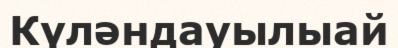
Күләндауылыай